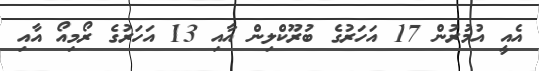
އެއީ އުމުރުން 17 އަހަރުގެ ބުރޫކްލިން އާއި 13 އަހަރުގެ ރޯމިއޯ އާއި